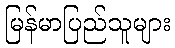
မြန်မာပြည်သူများ